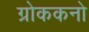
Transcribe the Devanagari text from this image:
ग्रोककनो